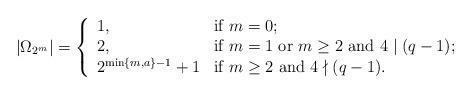
LaTeX: \begin{align*}|\Omega_{2^m}|=\left\{ \begin{array}{lll} 1, & \hbox{if $m=0$;} \\2, & \hbox{if $m=1$ or $m\geq2$ and $4\mid(q-1)$;}\\2^{\min\{m,a\}-1}+1 & \hbox{if $m\geq2$ and $4\nmid(q-1)$.} \end{array} \right.\end{align*}